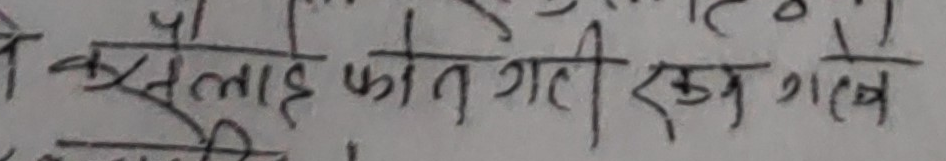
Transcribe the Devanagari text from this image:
कसैलाई फोन गरी रहु गए